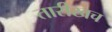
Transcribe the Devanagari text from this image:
तारीखच